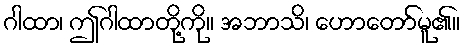
ဂါထာ၊ ဤဂါထာတို့ကို။ အဘာသိ၊ ဟောတော်မူ၏။